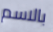
بالاسم